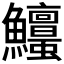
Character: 𩽱